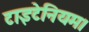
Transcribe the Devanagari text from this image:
टाइटेनियम।